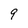
Character: 9